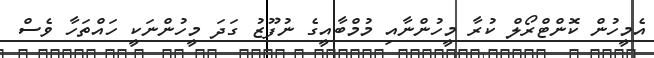
އެމީހުން ކޮންޓްރޯލް ކުރާ މީހުންނާއި މުމްބާއީގެ ނުފޫޒު ގަދަ މީހުންނަކީ ހައްތަހާ ވެސް